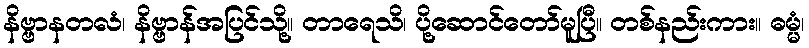
နိဗ္ဗာနတလံ၊ နိဗ္ဗာန်အပြင်သို့။ တာရေသိ၊ ပို့ဆောင်တော်မူပြီ။ တစ်နည်းကား။ ဓမ္မံ၊